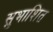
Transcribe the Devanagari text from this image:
सुभाशित